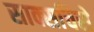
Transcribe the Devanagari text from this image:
साक्सचिसे